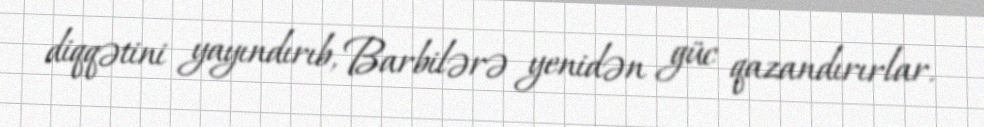
diqqətini yayındırıb, Barbilərə yenidən güc qazandırırlar.